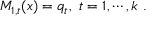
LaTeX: M _ { 1 , t } ( x ) = q _ { t } , ~ t = 1 , \cdots , k ~ .